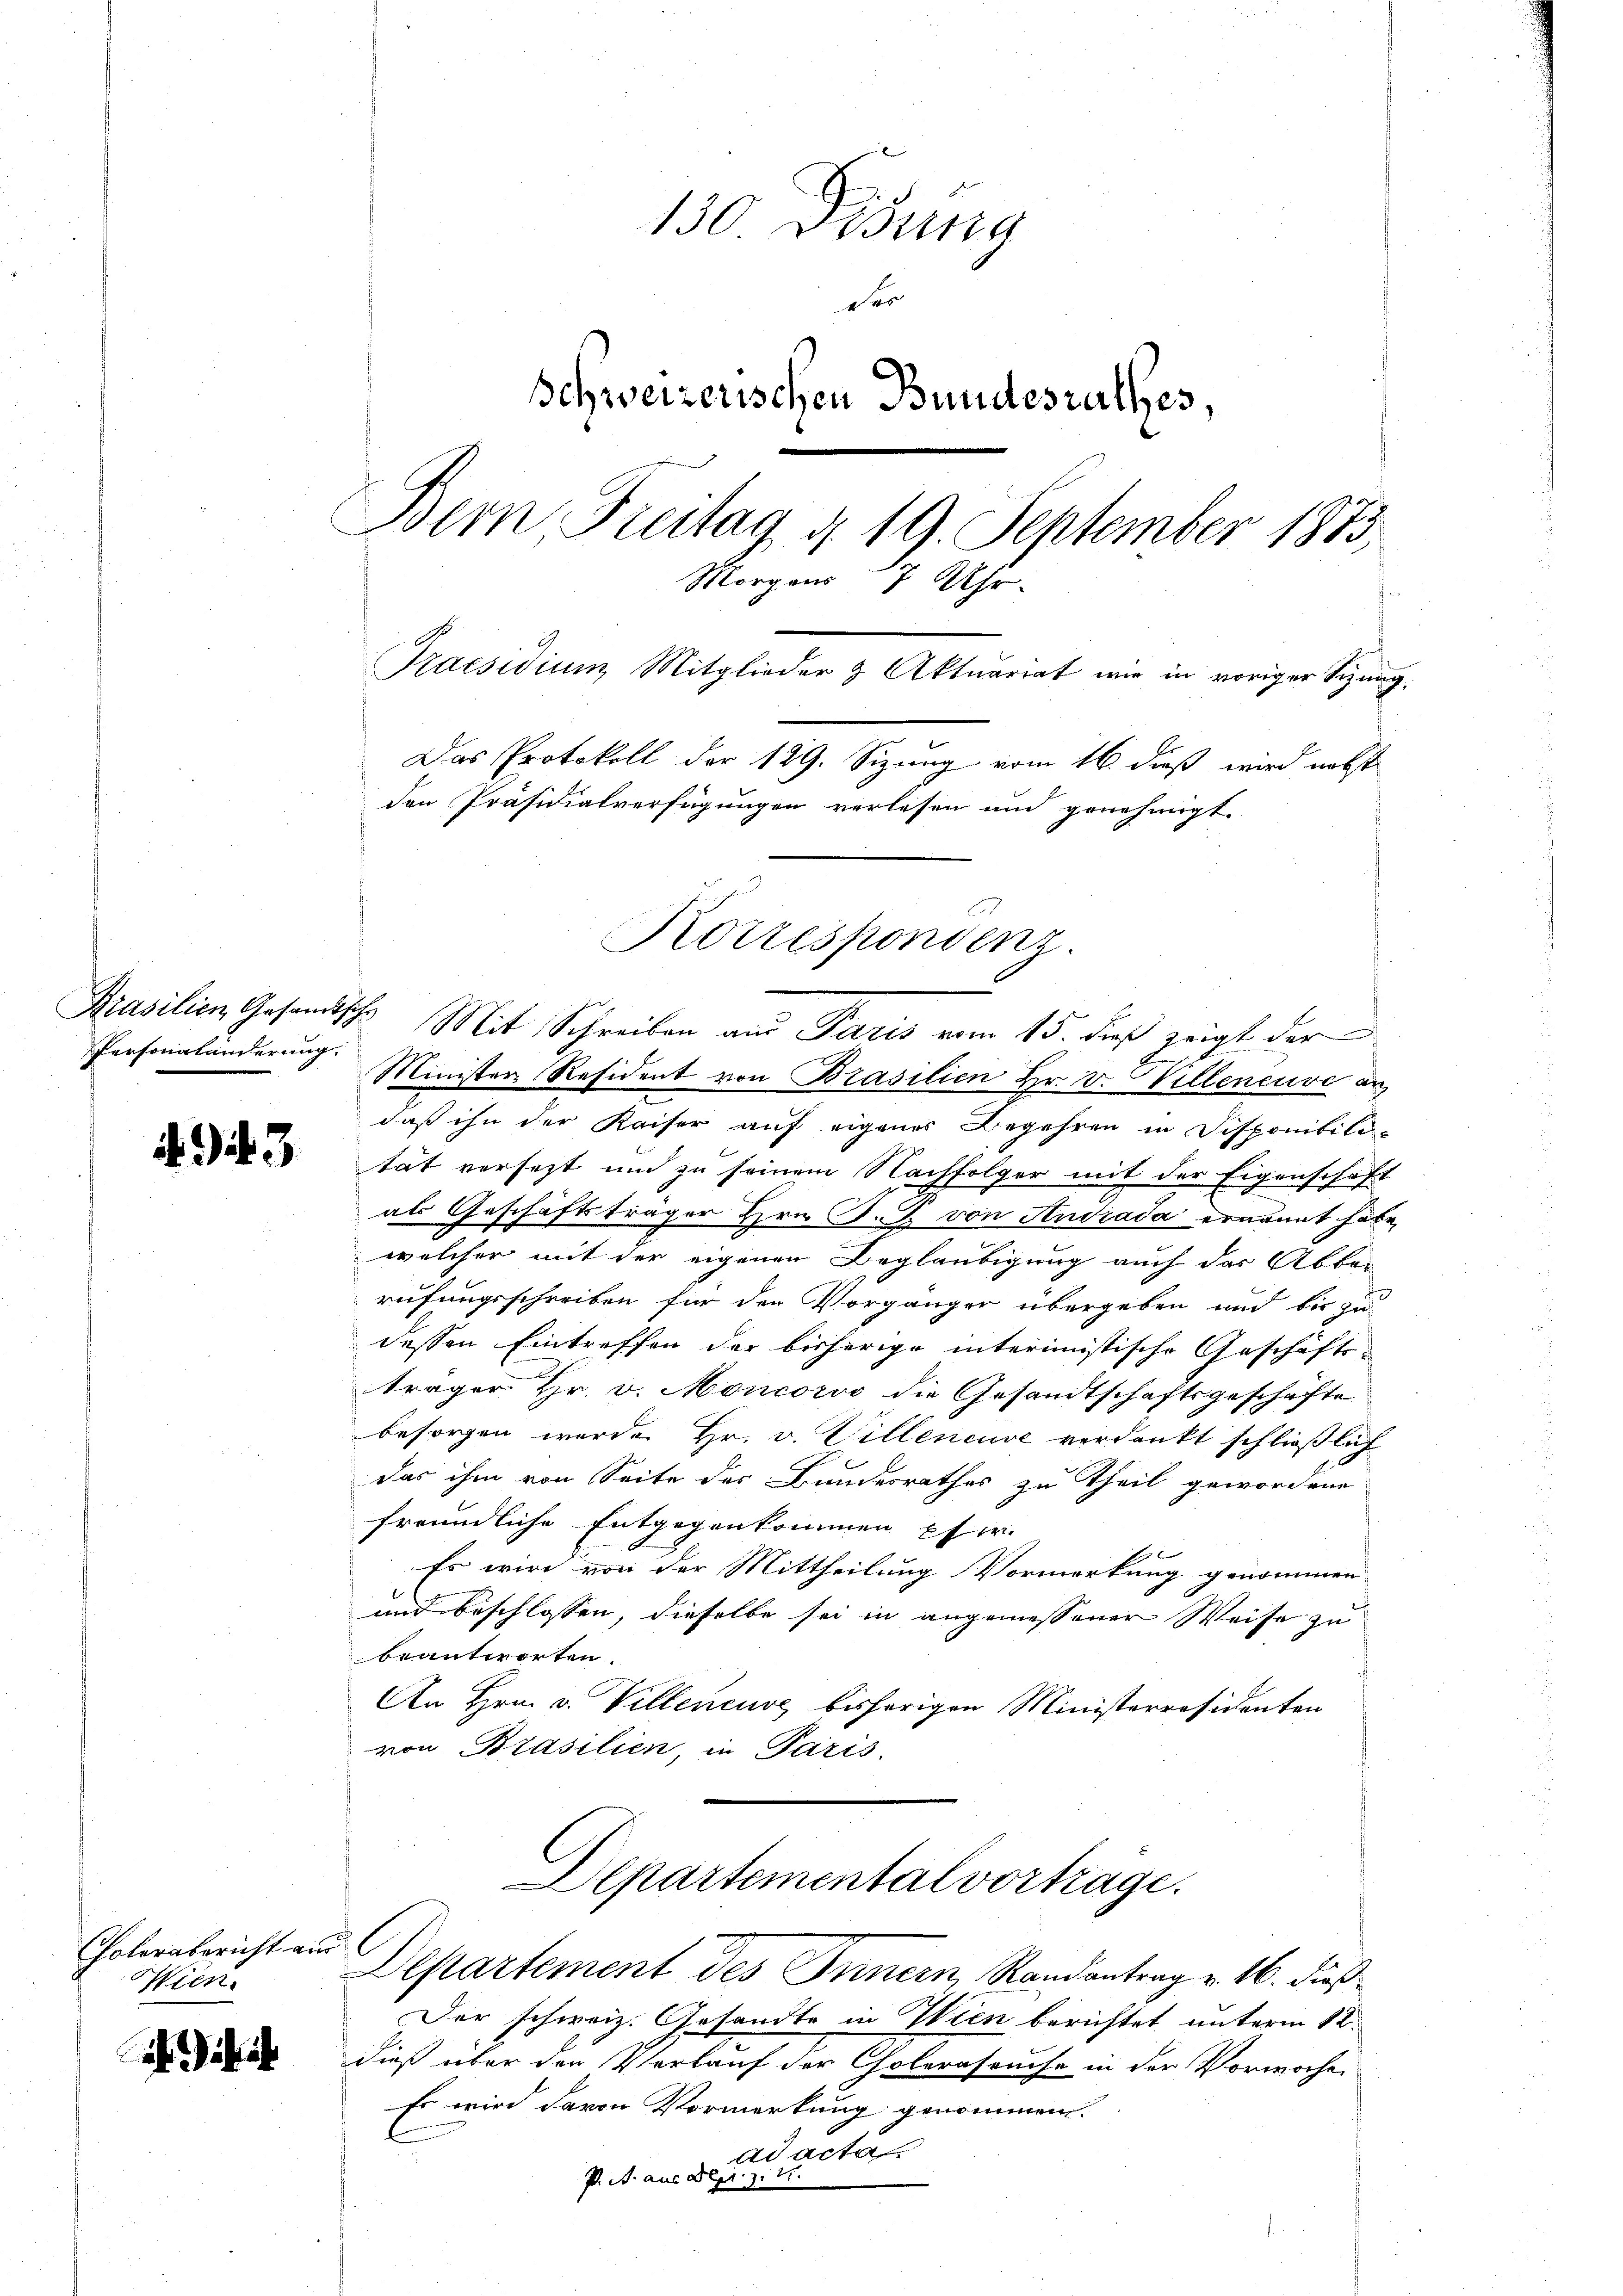
Persongländerung.

4943

Cholerabericht aus
Wien.

ihre

130. Disena
e
Schweizerischen Bundesrathes,
Bemn Freitag d. 19. September 1873,
Morgens 7 Uhr.
Praesidium Mitglieder & Aktuariat wir in voriger Sizung.
Das Protokoll der 129. Sizung vom 16. dieß wird nebst
den Präsidialverfügungen verlesen und genehmigt.

Minister Resident von Brasilien Hr. v. Villeneuve an
daß ihn der Kaiser auf eigenes Begehren in Disponibili-
tät versetzt und zu seinem Nachfolger mit der Eigenschaft
als Geschäftsträger Hrn. J. J. von Andrada ernannt habe,
welcher mit der eigenen Beglaubigung auch der Abbereifungsschreiben für den Vorgänger übergeben und bis zu
dessen Eintreffen der bisherige interimistische Geschäfts-
träger Hr. v. Moncorso die Gesandtschaftsgeschäfte
besorgen wurde Hr. v. Villeneuve verdankt schließlich
das ihm von Seite der Bundesrathes zu Theil gewordene
freundliche Entgegenkommen pfer
Es wird von der Mittheilung Vormerkung genommen.
und beschlossen, dieselbe sei in angemessener Weise zu
beantworten.
An Hrn. v. Villeneuve bisherigen Ministerresidenten
von Brasilien, in Paris.
Departemental vortrage.

Der schweiz. Gesandte in Wien berichtet unterm 12.
dieß über den Verlauf der Choleraseuche in der Vorwoche
Es wird davon Vormerkung genommen.
ad acta
P. A. aus Depr. Z. 11.

Korrespondenz.
Prasilien Gesandische Mit Schreiben aus Paris vom 15. dieß zeigt der

Departement des Innern Randantrag v. 16. dieß